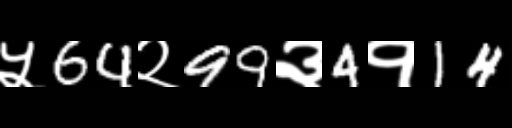
Text: ५64२99३4१14